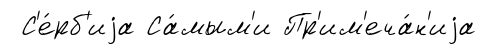
С'е́рб'иjа Са́мым'и Пр'им'еча́н'иjа